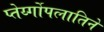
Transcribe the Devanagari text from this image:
प्तेर्य्गोपलातिने